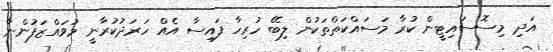
އަދި މިސޮސައިޓީން ކުރާ މަސައްކަތްތަކުން ލިބޭ ހުރިހާ ފައިސާ އެއް ހަރަދުކުރާނީ މުވައްޒަފުންނާ